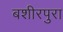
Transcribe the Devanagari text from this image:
बशीरपुरा